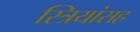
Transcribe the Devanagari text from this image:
स्त्रियांसह